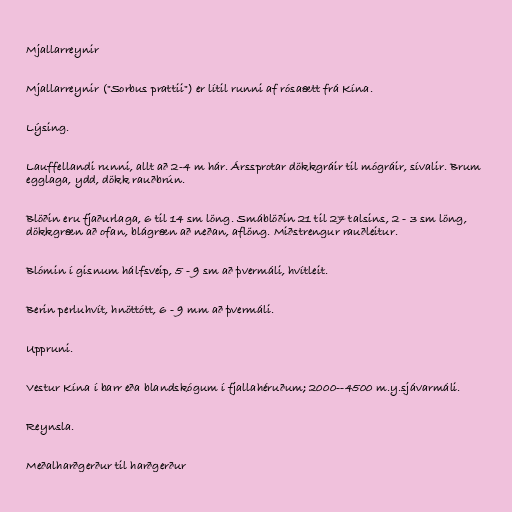
Mjallarreynir

Mjallarreynir ("Sorbus prattii") er lítil runni af rósaætt frá Kína.

Lýsing.

Lauffellandi runni, allt að 2-4 m hár. Árssprotar dökkgráir til mógráir, sívalir. Brum
egglaga, ydd, dökk rauðbrún.

Blöðin eru fjaðurlaga, 6 til 14 sm löng. Smáblöðin 21 til 27 talsins, 2 - 3 sm löng,
dökkgræn að ofan, blágræn að neðan, aflöng. Miðstrengur rauðleitur.

Blómin í gisnum hálfsveip, 5 - 9 sm að þvermáli, hvítleit.

Berin perluhvít, hnöttótt, 6 - 9 mm að þvermáli.

Uppruni.

Vestur Kína í barr eða blandskógum í fjallahéruðum; 2000--4500 m.y.sjávarmáli.

Reynsla.

Meðalharðgerður til harðgerður